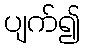
ပျက်၍